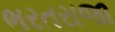
ભરતરાજા